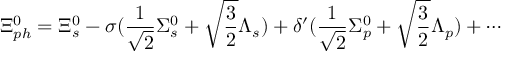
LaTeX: \Xi _ { p h } ^ { 0 } = \Xi _ { s } ^ { 0 } - \sigma ( \frac { 1 } { \sqrt 2 } \Sigma _ { s } ^ { 0 } + \sqrt { \frac { 3 } { 2 } } \Lambda _ { s } ) + \delta ^ { \prime } ( \frac { 1 } { \sqrt 2 } \Sigma _ { p } ^ { 0 } + \sqrt { \frac { 3 } { 2 } } \Lambda _ { p } ) + \cdots